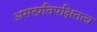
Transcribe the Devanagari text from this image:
असत्प्रतिपक्षितत्व